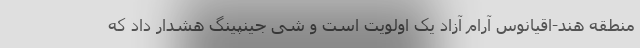
منطقه هند-اقیانوس آرام آزاد یک اولویت است و شی جینپینگ هشدار داد که